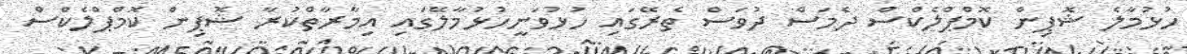
ހުޅުމާލެ ޝޮޕިން ކޮމްޕްލެކްސް ދެމަސް ދުވަސް ތެރޭގައި ހުޅުވަނީހުޅުމާލޭގައި އިމާރާތްކުރާ ޝޮޕިން ކޮމްޕްލެކްސް